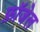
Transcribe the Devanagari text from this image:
फ़ॉजेल